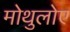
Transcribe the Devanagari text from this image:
मोथुलोए